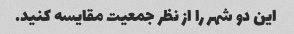
این دو شهر را از نظر جمعیت مقایسه کنید.